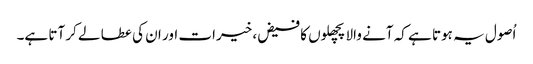
اُصول یہ ہوتا ہے کہ آنے والا پچھلوں کا فیض، خیرات اور ان کی عطا لے کر آتا ہے۔